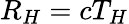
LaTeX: R_{H}=cT_{H}